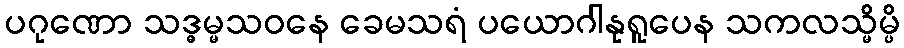
ပဂုဏော သဒ္ဓမ္မသဝနေ ခေမသရံ ပယောဂါနုရူပေန သကလသ္မိမ္ပိ